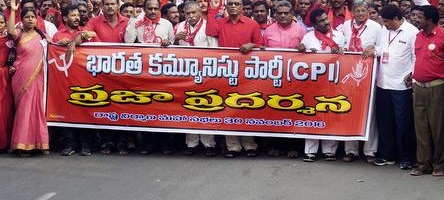
Language: telugu
Transcription: కమ్యూనిస్టు ప్రజా ప్రదర్శన భారత పార్టీ